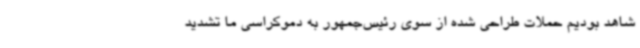
شاهد بودیم حملات طراحی شده از سوی رئیس‌جمهور به دموکراسی ما تشدید